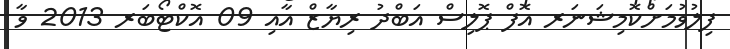
ފިލުވުމަށްކޮމިޝަނަރ އޮފް ޕޮލިސް އަބްދު ރިޔާޒް އާއި 09 އޮކްޓޯބަރ 2013 ވާ